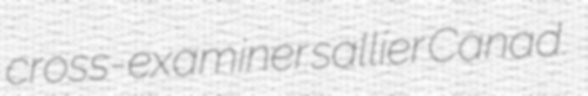
cross-examiner sallier Canad.